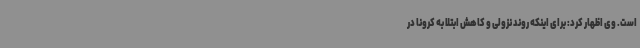
است. وی اظهار کرد: برای اینکه روند نزولی و کاهش ابتلا به کرونا در